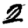
Digit: 2